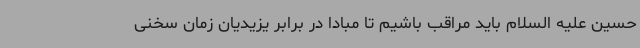
حسین علیه السلام باید مراقب باشیم تا مبادا در برابر یزیدیان زمان سخنی